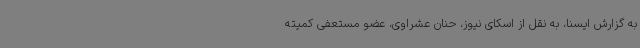
به گزارش ایسنا، به نقل از اسکای نیوز، حنان عشراوی، عضو مستعفی کمیته